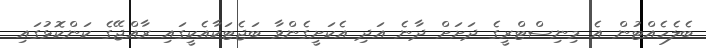
ބެލެހެއްޓުން އެ މިނިސްޓްރީގެ ދަށަށް ދާނެ އަދި އެކަށީގެންވާ ބަޖެޓަކާއެކީގައި ރާއްޖޭގެ ކަންކޮޅުގައި